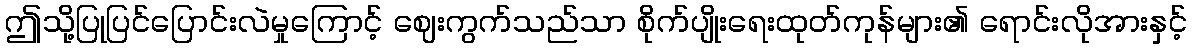
ဤသို့ပြုပြင်ပြောင်းလဲမှုကြောင့် ဈေးကွက်သည်သာ စိုက်ပျိုးရေးထုတ်ကုန်များ၏ ရောင်းလိုအားနှင့်